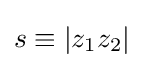
s\equiv |z_{1}z_{2}|